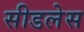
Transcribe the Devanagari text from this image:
सीडलेस